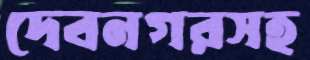
দেবনগরসহ